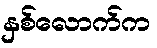
နှစ်လောက်က